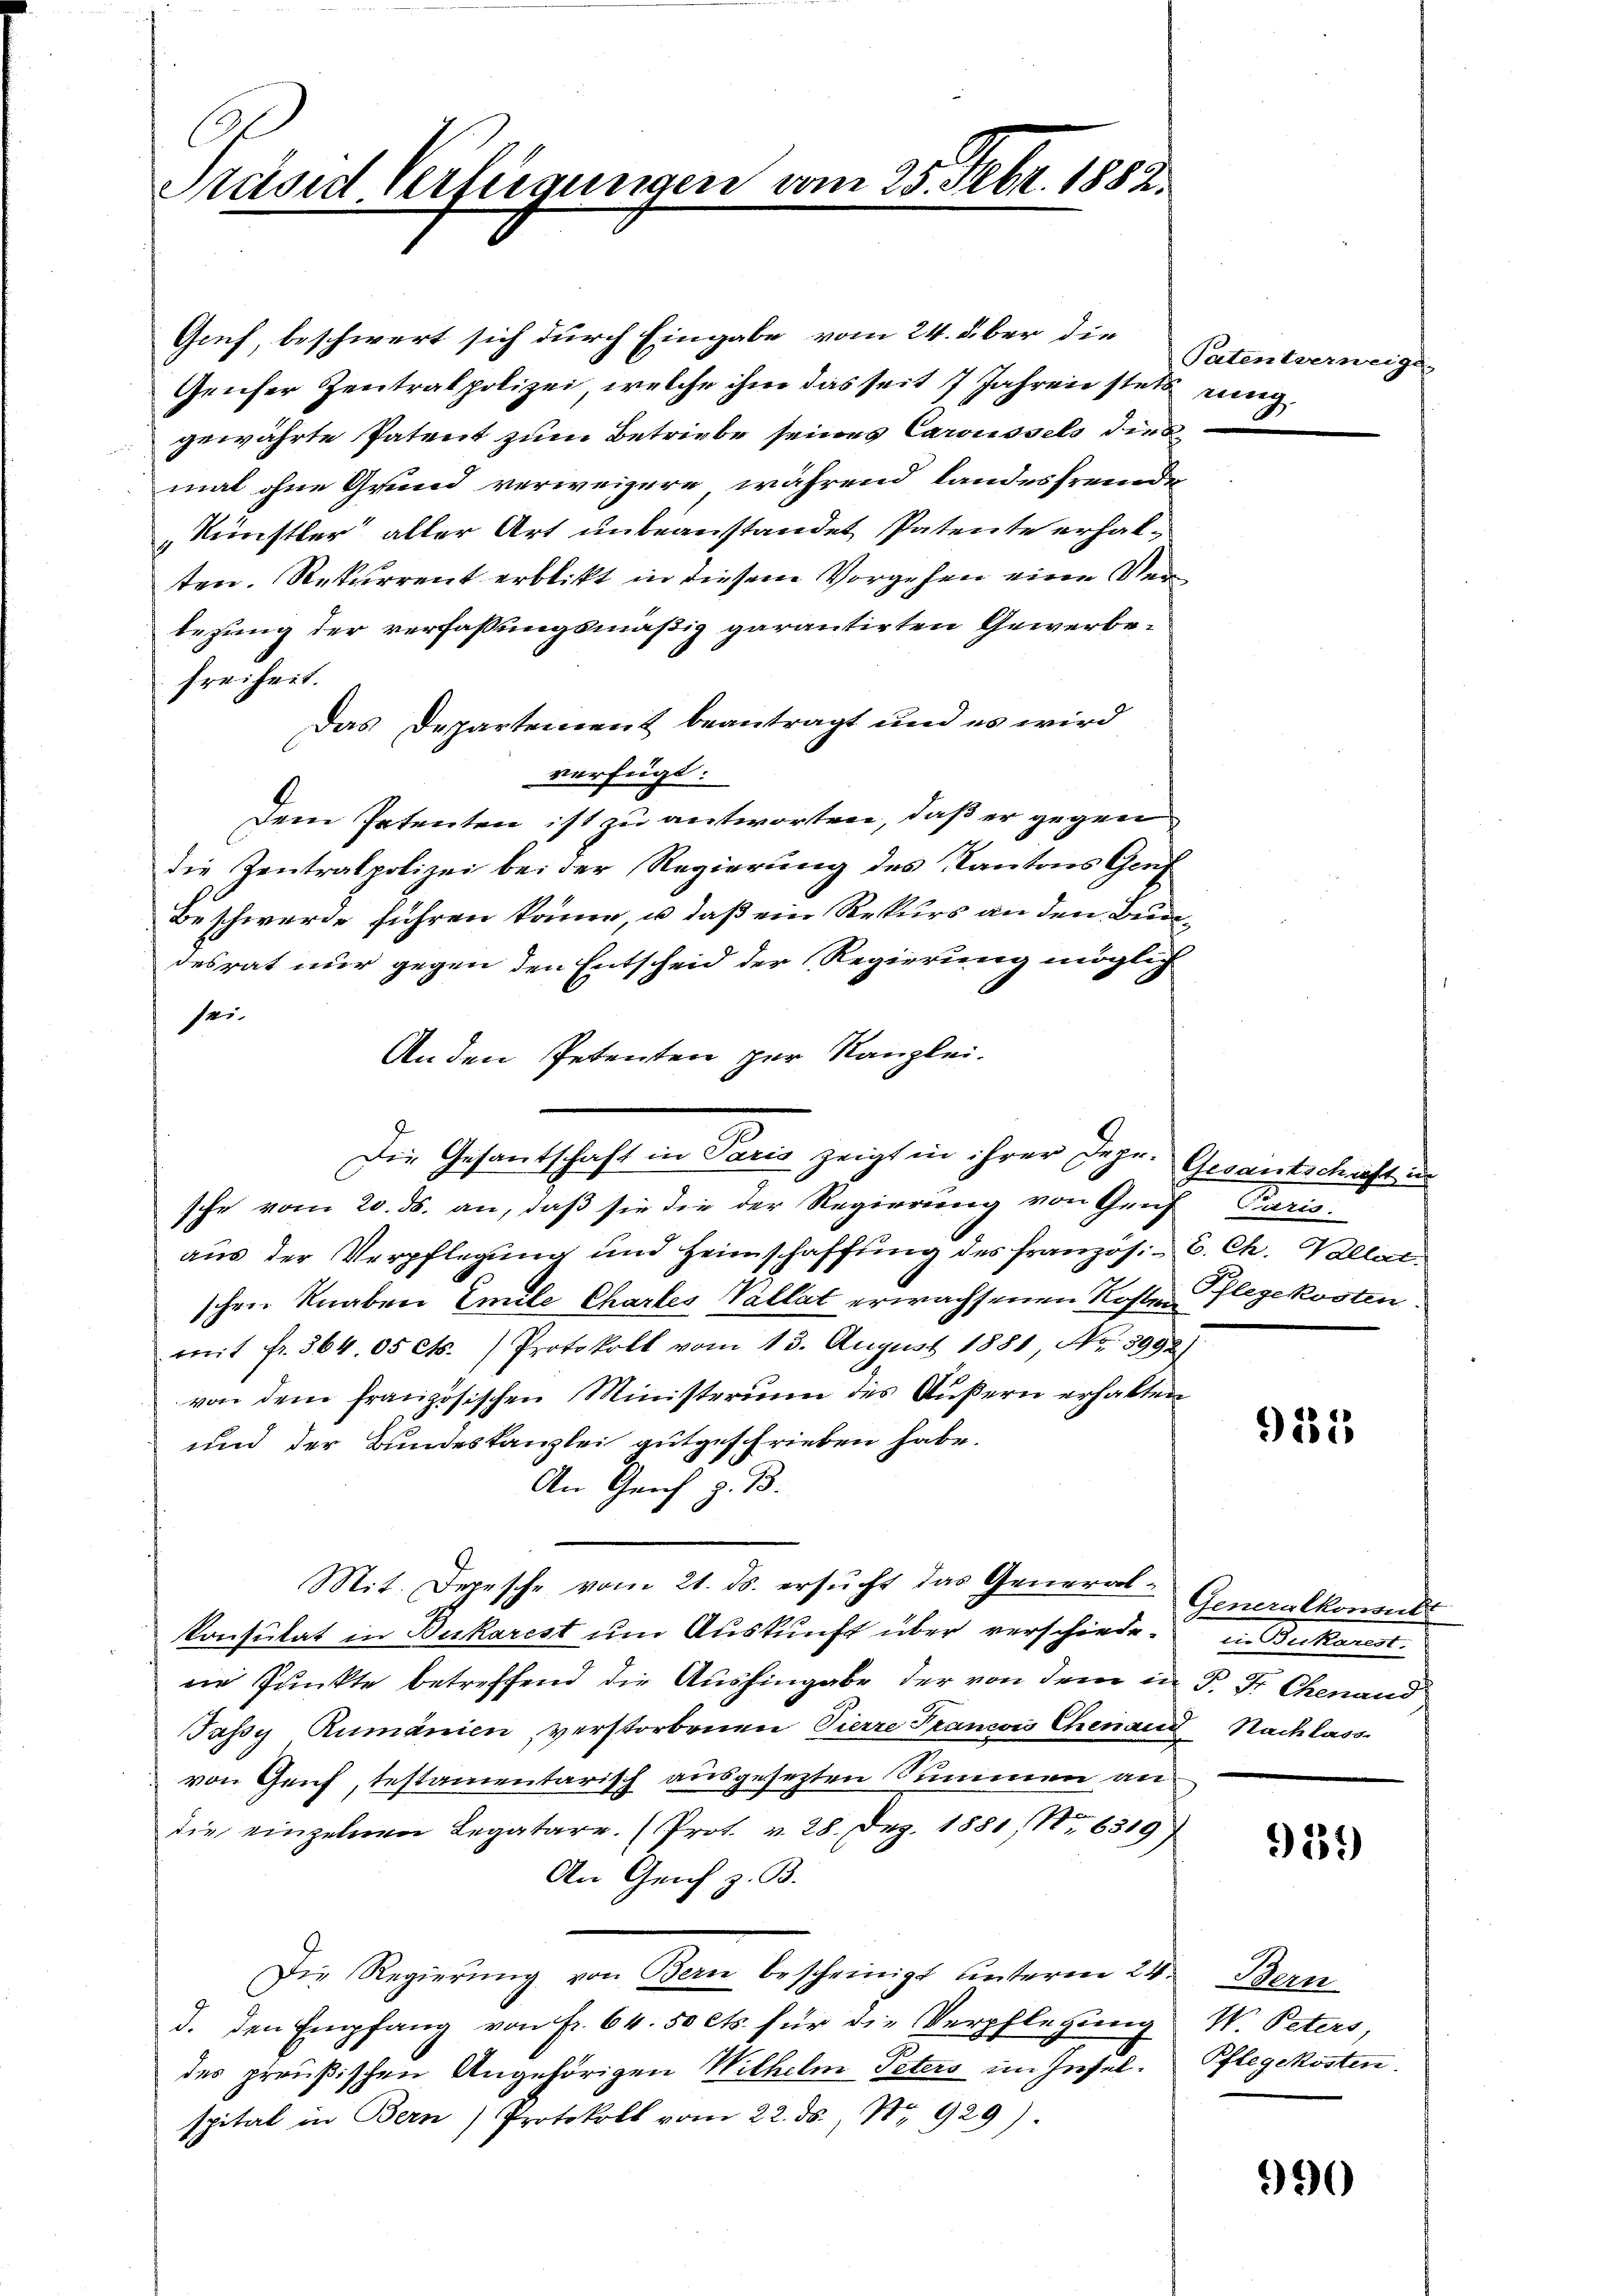
C
Präsid Verfügungen

Gruf, beschwert sich durch Eingabe vom 24. über die
Genfer Zentralpolizei, welche ihm das seit 7 Jahren stets einig
gewährte Patent zum Betriebe seines Cawissels dies
mal ohne Grund verweisere während landesfremde
Künstler aller Art unbeanstandet Patente erhalten. Rekurrent erblickt in diesem Vorgehen eine Verbezung der verfassungsmäßig garantirten Gewerbefreiheit.
Das Departement beantragt und es wird
verfeigt:
Dem Petenten ist zu antworten, daß er gegen
die Zentralpolizei bei der Regierung des Kantons Genf
Beschwerde führen könne, u. daß ein Rekurs an den Bundesrat nur gegen den Entscheid der Regierung möglich
sei-
An den Petenten zur Kanzlei-

sche vom 20. ds. an, daß sie die der Regierung von Genf Paris.
aus der Verpflegung und Heimschaffŭng des französ. C. Ch. Pallat
schen Knaben Emile Chartes Vallat erwachsenen Kosten Flegekosten
mit fr. 364. 05 Cts.) Protokoll vom 13. August 1881 No 3992)
von dem französischen Ministerium des Äußern erhalten
und der Bundeskanzlei gutgeschrieben habe.
An Gerich z. B.
Mit. Depesche vom 21. ds. ersŭcht das General- Generalkonsuls
Konsulat in Bukarest um Auskunft über verschiedene Punkte betreffend die Aushingabe der von dem in P. Fr Chenand
Jassy Rumänien verstorbenen Pierre Franzis Chenaud Nachlass
von Genf, testamentarisch ausgesezten Summen an
die einzelnen Legatare. (Prot. v. 28. Dez. 1881 (1. 6319)
An Geich z. B.
Die Regierŭng von Bern bescheinigt unterm 24.
d. den Empfang von Fr. 64. 50 cts. für die Verpflegung
des preußischen Angehörigen Wilhelm Peters im Inselspital in Bern) Protokoll vom 22. ds., No. 929)

Die Gesantschaft in Paris zeigt in ihrer Jahr. Gesantschaft in

vom 25. Febr. 1882.

Patentverweige

911

in. Beckenen.

29)

Bern
W. Peters,
Pflegekosten.

990